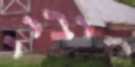
כיביי